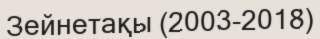
Зейнетақы (2003-2018)